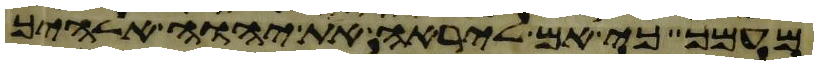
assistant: מעמך כי אם ליראה את יהוה אלהיך